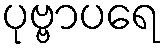
ပုဗ္ဗာပရေ